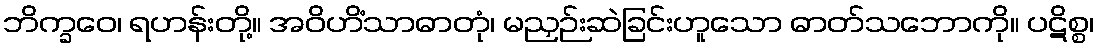
ဘိက္ခဝေ၊ ရဟန်းတို့။ အဝိဟိံသာဓာတုံ၊ မညှဉ်းဆဲခြင်းဟူသော ဓာတ်သဘောကို။ ပဋိစ္စ၊